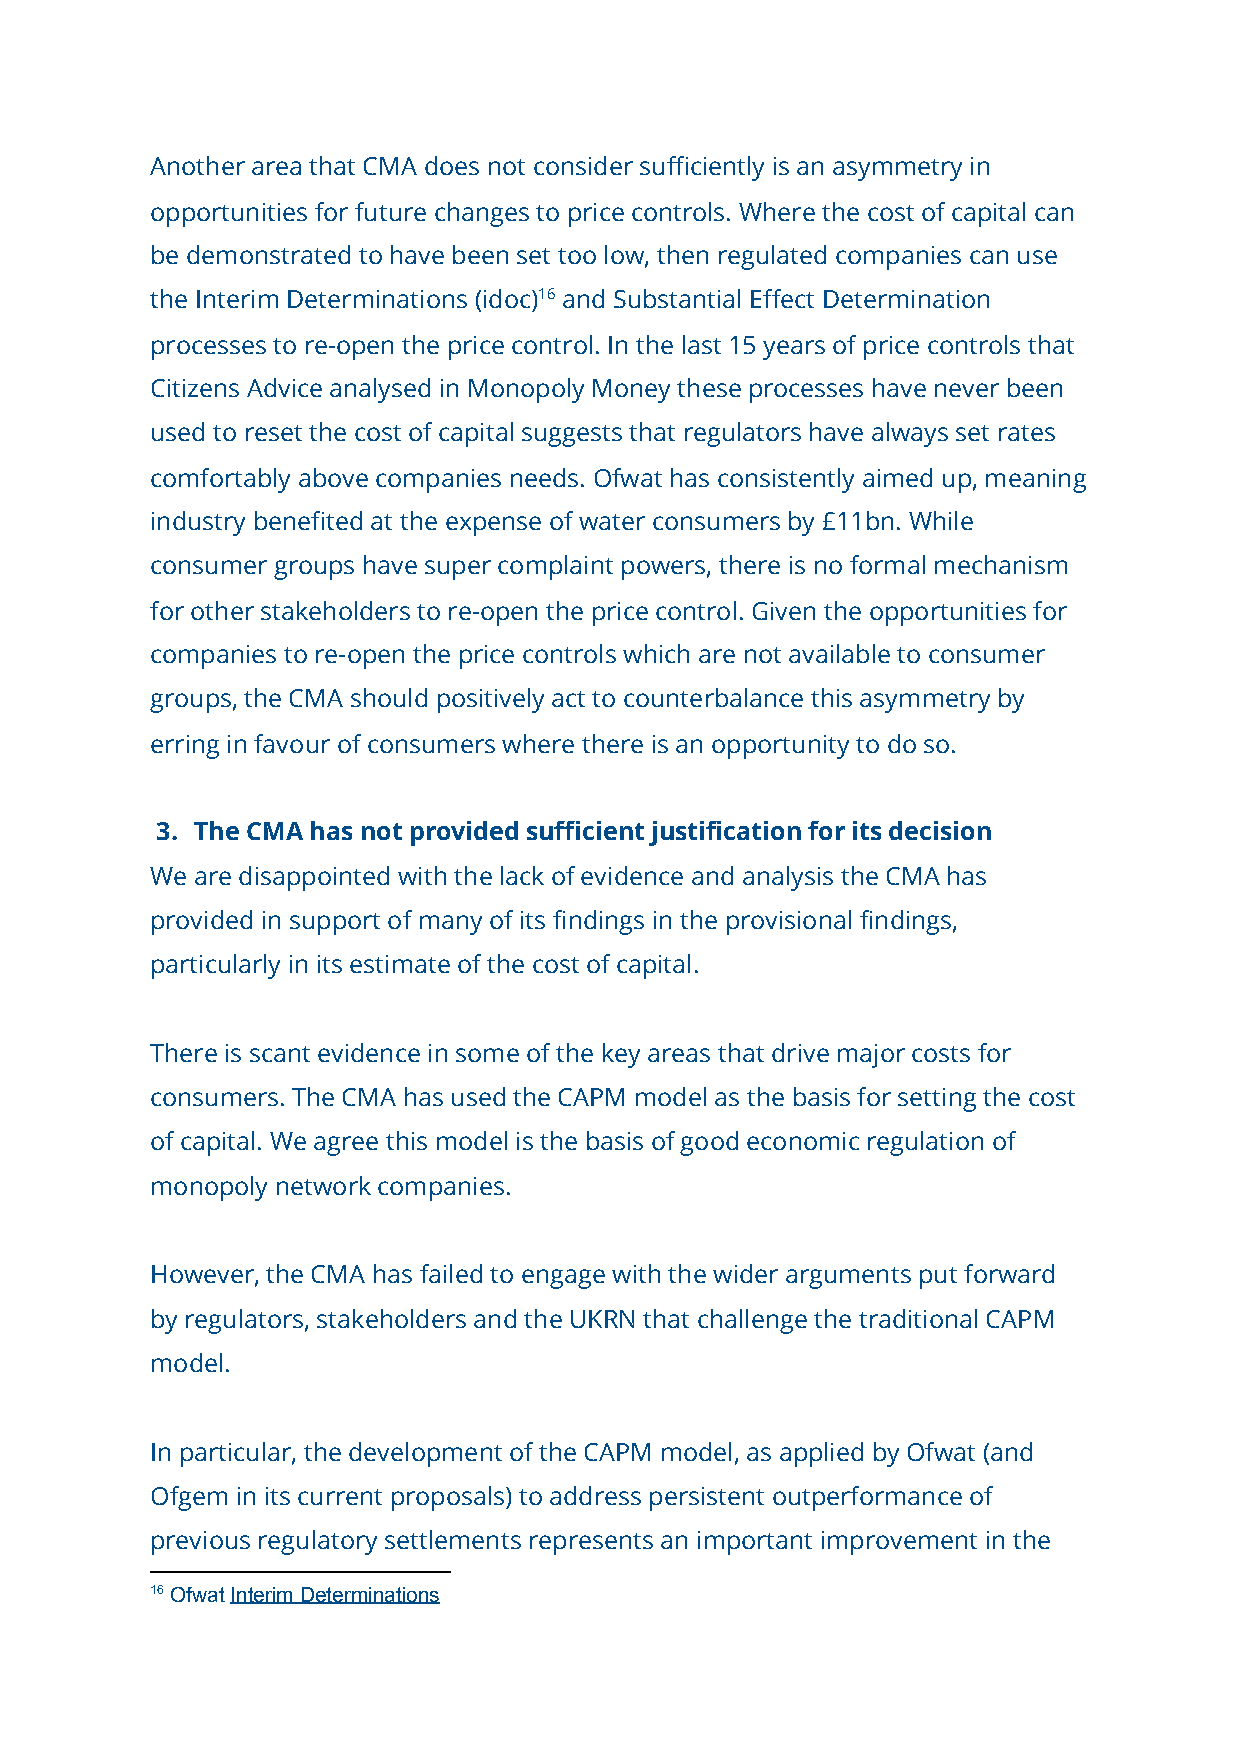
Another area that CMA does not consider sufficiently is an asymmetry in
 opportunities for future changes to price controls. Where the cost of capital can
 be demonstrated to have been set too low, then regulated companies can use
 the Interim Determinations (idoc)​16 ​ and Substantial Effect Determination
 processes to re-open the price control. In the last 15 years of price controls that
 Citizens Advice analysed in Monopoly Money these processes have never been
 used to reset the cost of capital suggests that regulators have always set rates
 comfortably above companies needs. Ofwat has consistently aimed up, meaning
 industry benefited at the expense of water consumers by £11bn. While
 consumer groups have super complaint powers, there is no formal mechanism
 for other stakeholders to re-open the price control. Given the opportunities for
 companies to re-open the price controls which are not available to consumer
 groups, the CMA should positively act to counterbalance this asymmetry by
 erring in favour of consumers where there is an opportunity to do so.
 3. The CMA has not provided sufficient justification for its decision
 We are disappointed with the lack of evidence and analysis the CMA has
 provided in support of many of its findings in the provisional findings,
 particularly in its estimate of the cost of capital.
 There is scant evidence in some of the key areas that drive major costs for
 consumers. The CMA has used the CAPM model as the basis for setting the cost
 of capital. We agree this model is the basis of good economic regulation of
 monopoly network companies.
 However, the CMA has failed to engage with the wider arguments put forward
 by regulators, stakeholders and the UKRN that challenge the traditional CAPM
 model.
 In particular, the development of the CAPM model, as applied by Ofwat (and
 Ofgem in its current proposals) to address persistent outperformance of
 previous regulatory settlements represents an important improvement in the
 16 Ofwat Interim Determinations
 ​